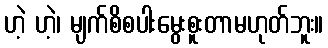
ဟဲ့ ဟဲ့၊ မျက်စိစပါးမွေးစူးတာမဟုတ်ဘူး။